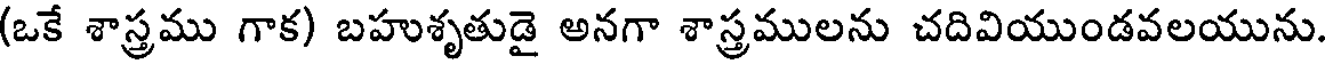
(ఒకే శాస్త్రము గాక) బహుశృతుడై అనగా శాస్త్రములను చదివియుండవలయును.